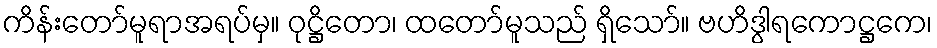
ကိန်းတော်မူရာအရပ်မှ။ ဝုဋ္ဌိတော၊ ထတော်မူသည် ရှိသော်။ ဗဟိဒွါရကောဋ္ဌကေ၊